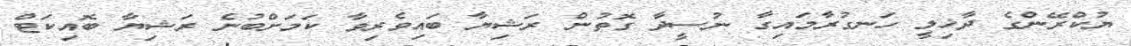
ޔުކްރޭންގެ ދާޚިލީ ހަނގުރާމައިގާ ނުސީދާ ގޮތުން ރަޝިޔާ ބައިވެރިވާ ކަމަށްބުނެ ރަޝިޔާ ބޮއިކަޓް